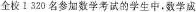
全校1320名参加数学考试的学生中。数学成